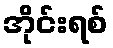
အိုင်းရစ်